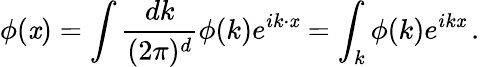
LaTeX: \phi(\mathit{x})=\int{\frac{{dk}}{{(2\pi)^{d}}}}\phi(k)e^{ik\cdot\mathit{x}}=\int_{k}\phi(k)e^{ik\mathit{x}}\, .